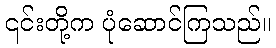
၎င်းတို့က ပုံဆောင်ကြသည်။